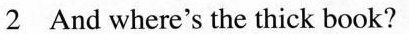
2 And where's the thick book?